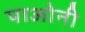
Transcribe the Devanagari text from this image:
पाओनी